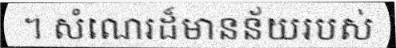
។ សំណេរដ៏មានន័យរបស់